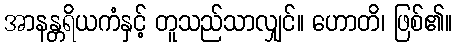
အာနန္တရိယကံနှင့် တူသည်သာလျှင်။ ဟောတိ၊ ဖြစ်၏။